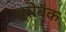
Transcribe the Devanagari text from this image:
ब्रोबॅक